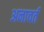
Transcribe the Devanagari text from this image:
अनावर्त